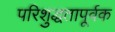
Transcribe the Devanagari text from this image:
परिशुद्धतापूर्वक